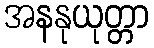
အနနုယုတ္တာ